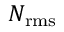
N _ { \mathrm { r m s } }